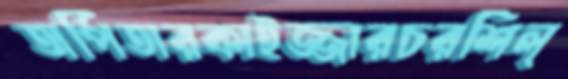
অর্পিতারকাইজ্জারচরশিল্